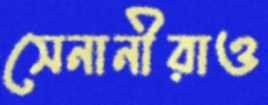
সেনানীরাও